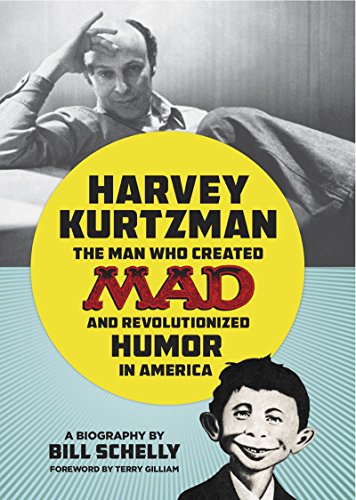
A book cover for Harvey Kurtzman: The Man Who Created Mad and Revolutionized Humor in America; Bill Schelly; Comics & Graphic Novels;